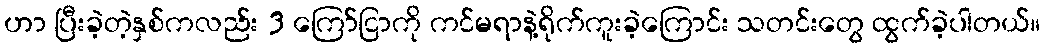
ဟာ ပြီးခဲ့တဲ့နှစ်ကလည်း 3 ကြော်ငြာကို ကင်မရာနဲ့ရိုက်ကူးခဲ့ကြောင်း သတင်းတွေ ထွက်ခဲ့ပါတယ်။